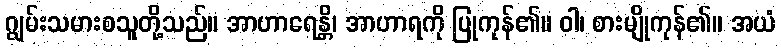
ဂျွမ်းသမားစသူတို့သည်။ အာဟာရေန္တိ၊ အာဟာရကို ပြုကုန်၏။ ဝါ၊ စားမျိုကုန်၏။ အယံ